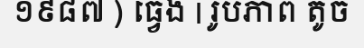
១៩៨៧ ) ធ្វេង | រូបភាព តូច